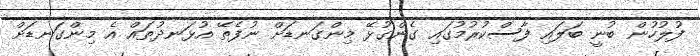
ފުލުހުން ބުނީ ބަލައި ފާސްކުރުމުގައި ގެންގުޅޭ މިންގަނޑަށް ނުފެތޭ އުޅަނދުތައް އެ މިންގަނޑަށް